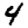
Digit: 4